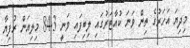
މިދިޔަ އަހަރުގެ ތިން ވަނަ ކުއާޓަރުގައި ލިބިފައި ވަނީ 84.3 މިލިއަން ރުފިޔާ